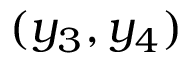
( y _ { 3 } , y _ { 4 } )